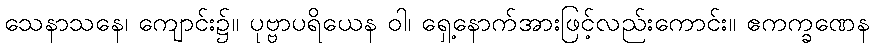
သေနာသနေ၊ ကျောင်း၌။ ပုဗ္ဗာပရိယေန ဝါ၊ ရှေ့နောက်အားဖြင့်လည်းကောင်း။ ဧကက္ခဏေန